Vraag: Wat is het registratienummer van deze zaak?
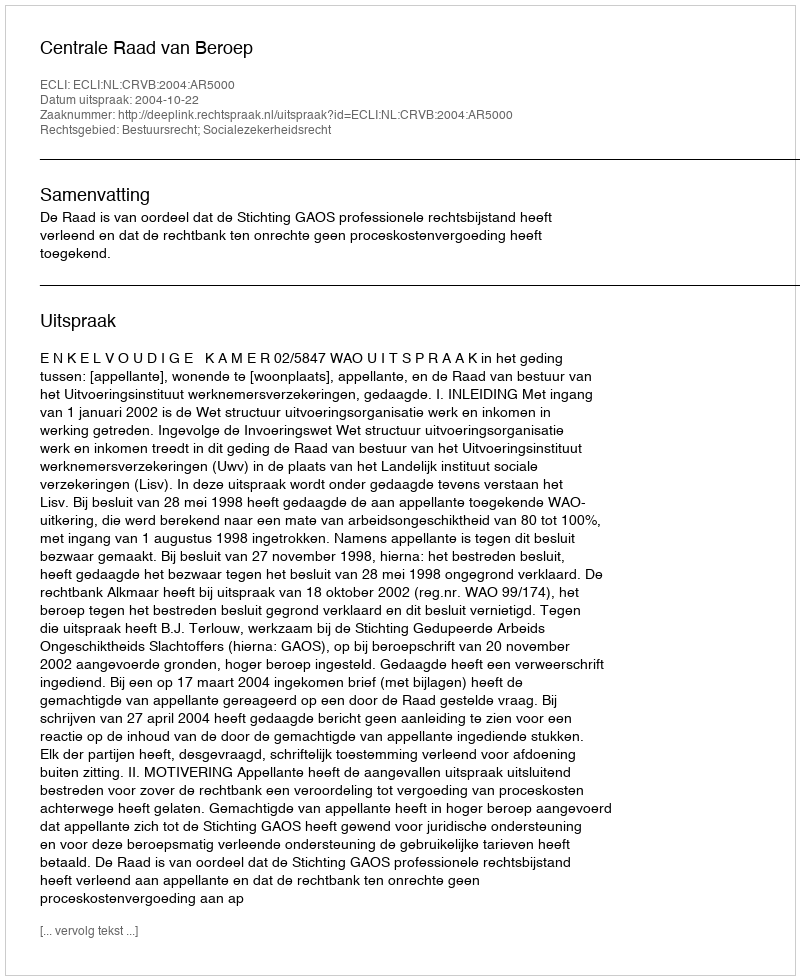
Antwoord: http://deeplink.rechtspraak.nl/uitspraak?id=ECLI:NL:CRVB:2004:AR5000